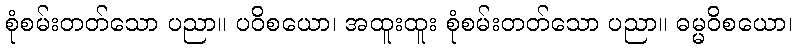
စုံစမ်းတတ်သော ပညာ။ ပဝိစယော၊ အထူးထူး စုံစမ်းတတ်သော ပညာ။ ဓမ္မဝိစယော၊